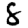
Digit: 8